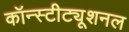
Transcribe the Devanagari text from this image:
कॉन्स्टीट्यूशनल